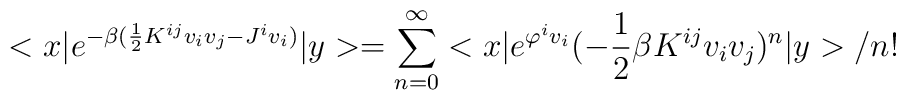
<x|e^{-\beta (\frac{1}{2}K^{ij}v_iv_j-J^iv_i)}|y>=\sum_{n=0}^{\infty}<x|e^{\varphi^iv_i}(-\frac{1}{2}\beta K^{ij}v_iv_j)^n|y>/n!